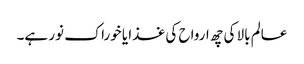
عالم بالا کی چھ ارواح کی غذا یا خوراک نور ہے۔